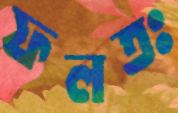
ফলতঃ